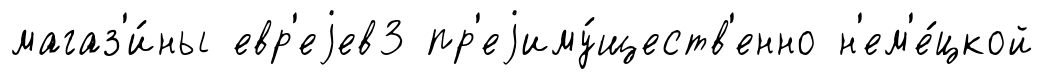
магаз'и́ны евр'еjев3 пр'еjиму́ществ'енно н'ем'е́цкой